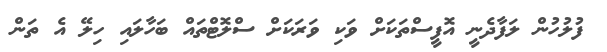
ފުލުހުން ލަފާދެނީ އޮފީސްތަކަށް ވަކި ވަރަކަށް ސްލޮޓްތައް ބަހާލައި ހިލޭ އެ ތަން